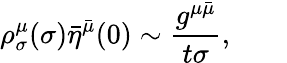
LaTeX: \rho_{\sigma}^{\mu}(\sigma)\bar{\eta}^{\bar{\mu}}(0)\sim\frac{g^{\mu\bar{\mu}}}{t\sigma},\qquad